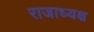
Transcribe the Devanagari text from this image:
राजाध्‍यक्ष